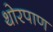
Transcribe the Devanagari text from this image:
थोरपाण